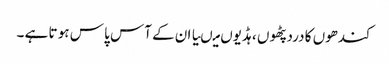
کندھوں کا درد پٹھو ں ،ہڈیوں میںیا ان کے آس پا س ہو تا ہے ۔